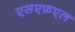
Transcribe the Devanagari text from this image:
एसएफ़एल